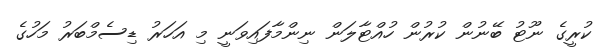
ކުރީގެ ނޫޓު ބޭނުން ކުރުން ހުއްޓާލަން ނިންމާފައިވަނީ މި އަހަރު ޑިސެމްބަރު މަހުގެ